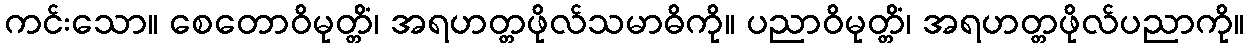
ကင်းသော။ စေတောဝိမုတ္တိံ၊ အရဟတ္တဖိုလ်သမာဓိကို။ ပညာဝိမုတ္တိံ၊ အရဟတ္တဖိုလ်ပညာကို။